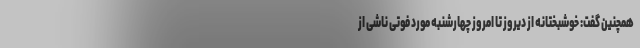
همچنین گفت: خوشبختانه از دیروز تا امروز چهارشنبه مورد فوتی ناشی از